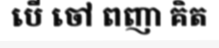
បើ ចៅ ពញា គិត